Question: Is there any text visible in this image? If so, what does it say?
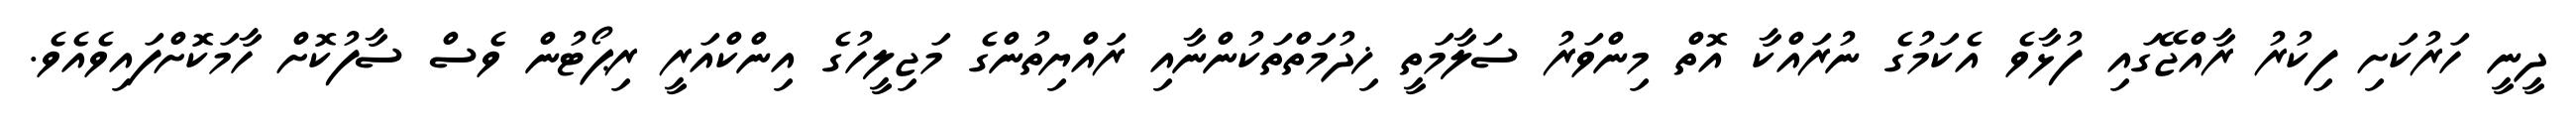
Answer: ދީނީ ހަރުކަށި ފިކުރު ރާއްޖޭގައި ފުޅާވެ އެކަމުގެ ނުރައްކާ އޮތް މިންވަރު ސަލާމަތީ ޚިދުމަތްތަކުންނާއި ރައްޔިތުންގެ މަޖިލީހުގެ އިންކްއަރީ ރިޕޯޓުން ވެސް ސާފުކޮށް ހާމަކޮށްފައިވެއެވެ.